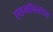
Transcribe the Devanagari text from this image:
एडमॉनस्टन